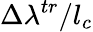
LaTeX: \Delta\lambda^{tr}/l_{c}